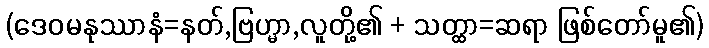
(ဒေဝမနုဿာနံ=နတ်,ဗြဟ္မာ,လူတို့၏ + သတ္ထာ=ဆရာ ဖြစ်တော်မူ၏)